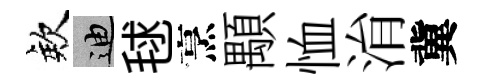
欸迪毬烹顒恤㳙冀